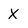
Character: X